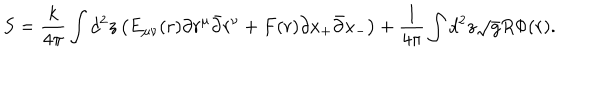
S = \frac { k } { 4 \pi } \int d ^ { 2 } z \left( E _ { \mu \nu } ( r ) \partial r ^ { \mu } \bar { \partial } r ^ { \nu } + F ( r ) \partial x _ { + } \bar { \partial } x _ { - } \right) + \frac { 1 } { 4 \pi } \int d ^ { 2 } z \sqrt { g } R \Phi ( r ) .